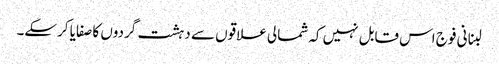
لبنانی فوج اس قابل نہیں کہ شمالی علاقوں سے دہشت گردوں کا صفایا کرسکے۔